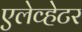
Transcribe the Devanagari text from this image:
एलेव्हेटर